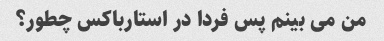
من می بینم پس فردا در استارباکس چطور؟